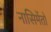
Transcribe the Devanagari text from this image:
नासिमेंतो